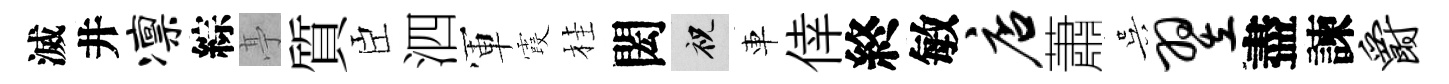
滅井凛綜𠅘質臣泗軍霞桂閎祝車倖終敏店蕭吴翌盡諫爵